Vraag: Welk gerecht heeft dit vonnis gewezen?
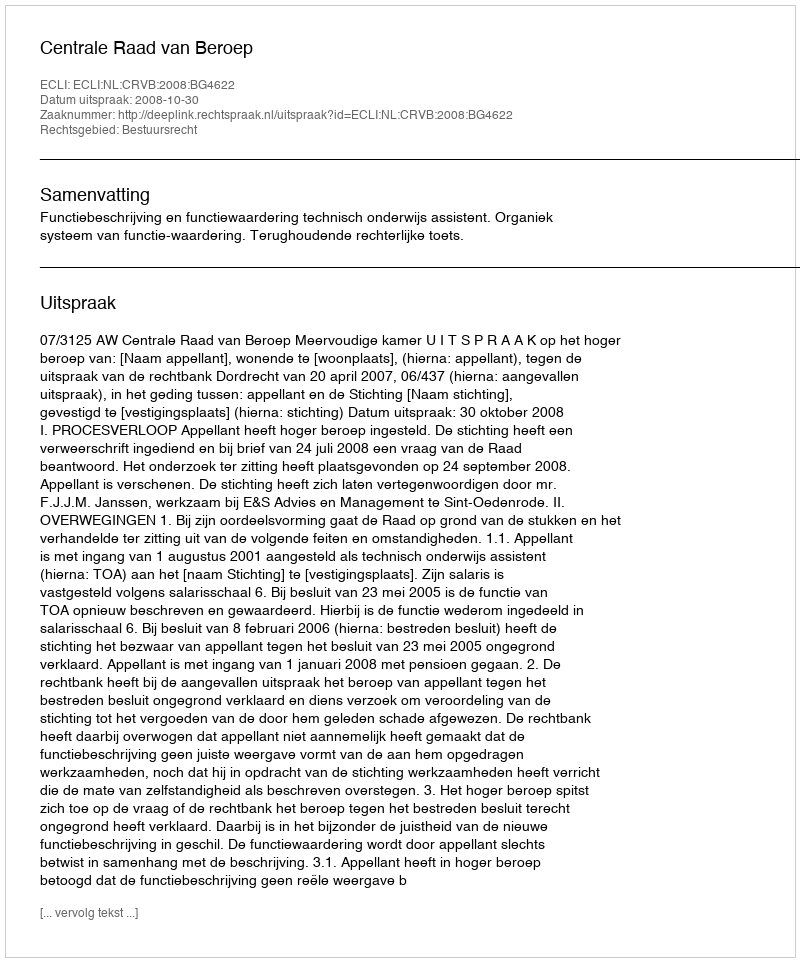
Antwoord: Centrale Raad van Beroep